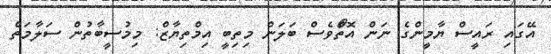
އޭގައި ރައީސް ޔާމީންގެ ނަން އޮތްޯވެސް ބަލަން މިތިބީ އިމްތިޔާޒް: މިމުސީބާތުން ސަލާމަތް